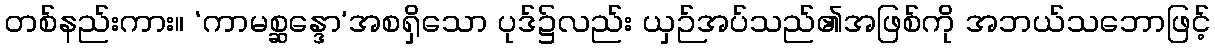
တစ်နည်းကား။ ‘ကာမစ္ဆန္ဒော’အစရှိသော ပုဒ်၌လည်း ယှဉ်အပ်သည်၏အဖြစ်ကို အဘယ်သဘောဖြင့်